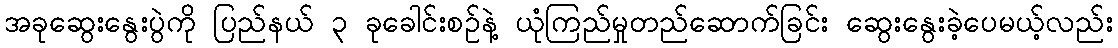
အခုဆွေးနွေးပွဲကို ပြည်နယ် ၃ ခုခေါင်းစဉ်နဲ့ ယုံကြည်မှုတည်ဆောက်ခြင်း ဆွေးနွေးခဲ့ပေမယ့်လည်း